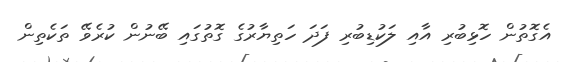
އެގޮތުން ހޮޅިބުރި އާއި ލަކުޑިބުރި ފަދަ ހަތިޔާރުގެ ގޮތުގައި ބޭނުން ކުރެވޭ ތަކެތިން